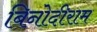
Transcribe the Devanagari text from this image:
बिनोदीराम